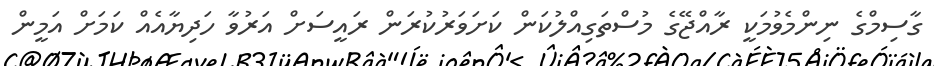
ގާސިމްގެ ނިންމެވުމަކީ ރާއްޖޭގެ މުސްތަގިއްލުކަން ކަށަވަރުކުރަން ރައީސަށް އަރުވާ ހަދިޔާއެއް ކަމަށް އަމީން